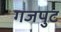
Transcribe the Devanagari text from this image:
गजपुट